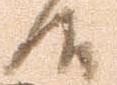
候